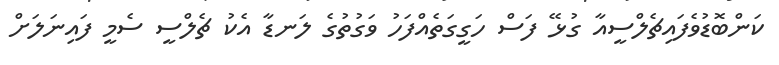
ކަންބޮޑުވެފައިޗެލްސީއާ ގުޅޭ ފަސް ހަގީގަތެއްފަހު ވަގުތުގެ ލަނޑާ އެކު ޗެލްސީ ސެމީ ފައިނަލަށް